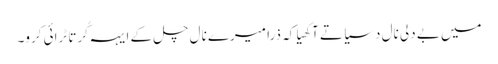
میں بے دلی نال دسیا تے آکھیا کہ ذرا میرے نال چل کے ایہہ کُرتا ٹرائی کرو۔